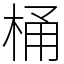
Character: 桶